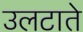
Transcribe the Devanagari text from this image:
उलटाते